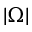
\left| \Omega \right|